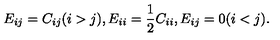
E _ { i j } = C _ { i j } ( i > j ) , E _ { i i } = { \frac { 1 } { 2 } } C _ { i i } , E _ { i j } = 0 ( i < j ) .